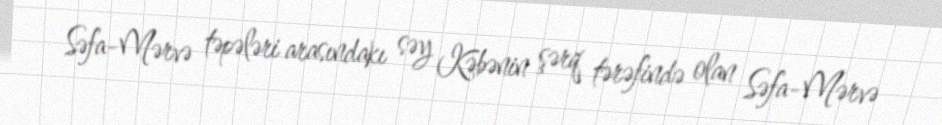
Səfa-Mərvə təpələri arasındakı səy Kəbənin şərq tərəfində olan Səfa-Mərvə